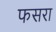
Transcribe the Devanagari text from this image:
फसरा